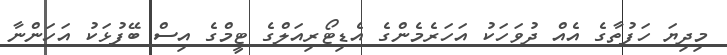
މިދިޔަ ހަފުތާގެ އެއް ދުވަހަކު އަހަރެމެންގެ އެޑިޓޯރިއަލްގެ ޓީމްގެ އިސް ބޭފުޅަކު އަހަންނާ